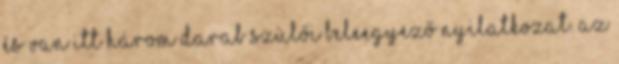
és van itt három darab szülői beleegyező nyilatkozat. Az